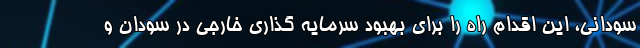
سودانی، این اقدام راه را برای بهبود سرمایه گذاری خارجی در سودان و